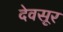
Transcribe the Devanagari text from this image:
देवसूर